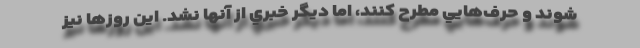
شوند و حرف‌هايي مطرح كنند، اما ديگر خبري از آنها نشد. اين روزها نيز